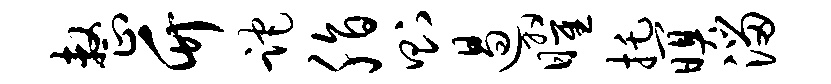
整竹跎脂则遏曜托暝溜